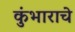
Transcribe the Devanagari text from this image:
कुंभाराचे